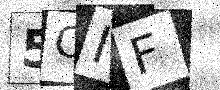
Text: 5OIF